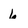
Character: 6